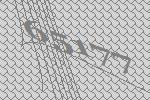
65177